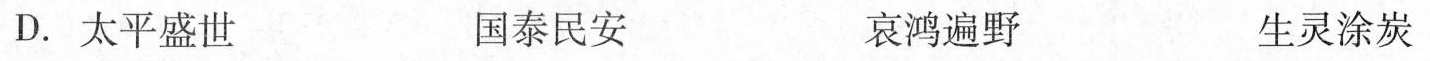
D.太平盛世 国泰民安 哀鸿遍野 生灵涂炭